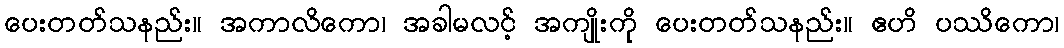
ပေးတတ်သနည်း။ အကာလိကော၊ အခါမလင့် အကျိုးကို ပေးတတ်သနည်း။ ဧဟိ ပဿိကော၊